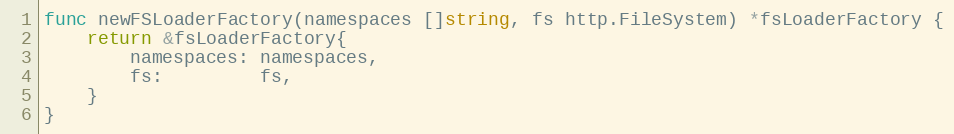
Language: Go
func newFSLoaderFactory(namespaces []string, fs http.FileSystem) *fsLoaderFactory {
	return &fsLoaderFactory{
		namespaces: namespaces,
		fs:         fs,
	}
}